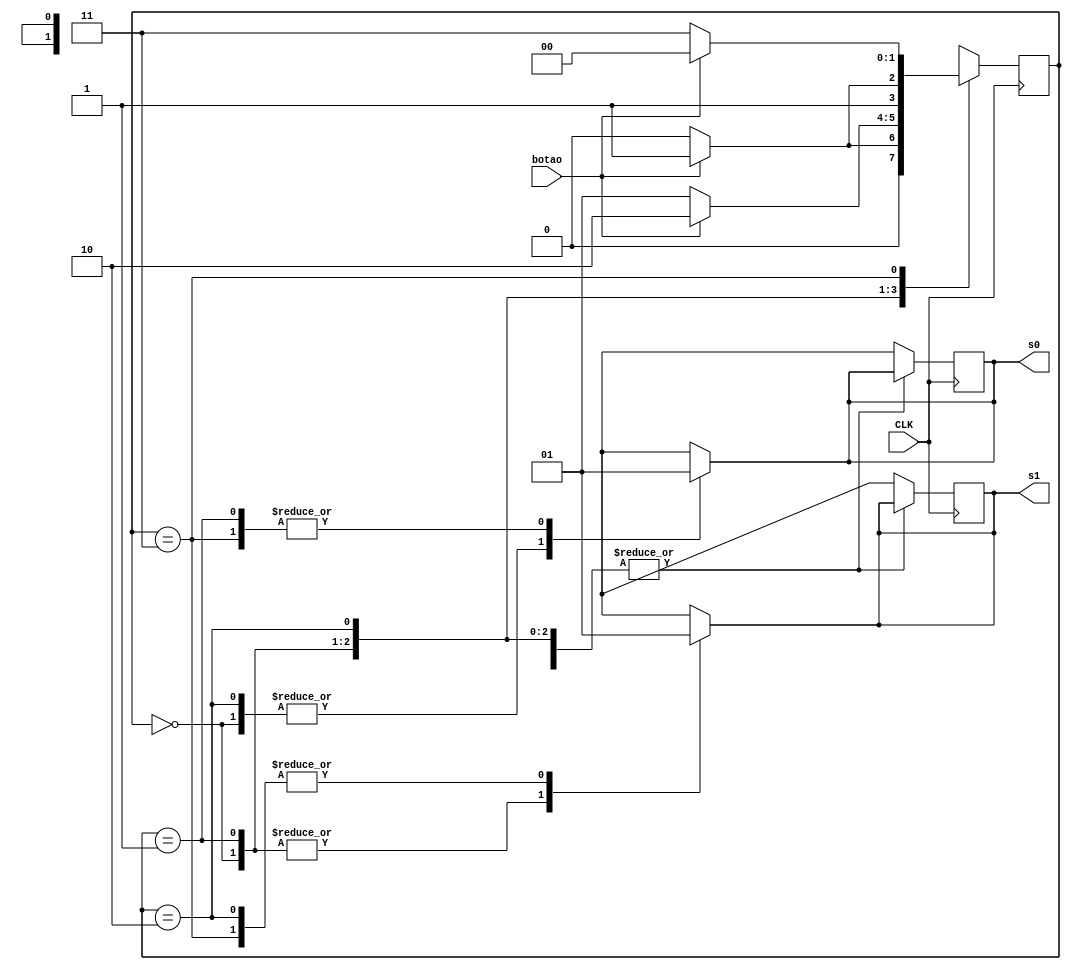
module fsm_registrador(botao,CLK,s1,s0);

input botao, CLK;
output reg s1,s0;

// declaracao do registrador
reg [1:0] states;

// declaracao dos estados

parameter r0 = 2'b00, r1 = 2'b01, r2 = 2'b10, r3 = 2'b11;

initial begin
    states <= r0;
end

//definicao do estado atual

always@(posedge CLK) begin
    case(states)
        r0: begin
            if (botao == 1) states <= r1;
            else 
            states <= r0;
        end
        r1: begin
            if (botao == 1) states <= r2;
            else
            states <= r1;
        end
        r2: begin
            if (botao == 1) states <= r3;
            else
            states <= r2;
        end
        r3: begin
            if (botao == 1) states <=r0;
            else
            states <= r3;
        end
        default begin
            s1 = 1'b0;
            s0 = 1'b0; 
        end
    endcase
end

//definicao da saida

always@(states) begin //como a MdE eh do tipo Moore, a saida depende apenas do estado atual
    case(states)
        r0: begin 
        s1 = 1'b0;
        s0 = 1'b0;
        end
        r1: begin
        s1 = 1'b0;
        s0 = 1'b1;
        end
        r2: begin
        s1 = 1'b1;
        s0 = 1'b0;
        end
        r3: begin
        s1 = 1'b1;
        s0 = 1'b1;
        end
    endcase
end
endmodule